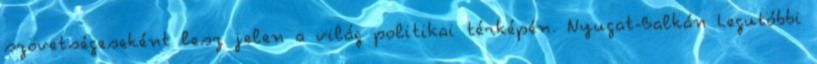
szövetségeseként lesz jelen a világ politikai térképén. Nyugat-Balkán Legutóbbi